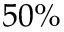
5 0 \%